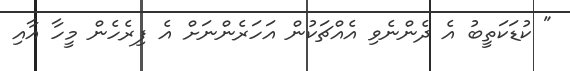
" ކުޑަކަތީބު އެ ދެންނެވި އެއްޗަކުން އަހަރެންނަށް އެ ފިރެހެން މީހާ އާއި